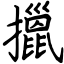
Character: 擸